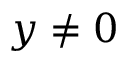
y \neq 0